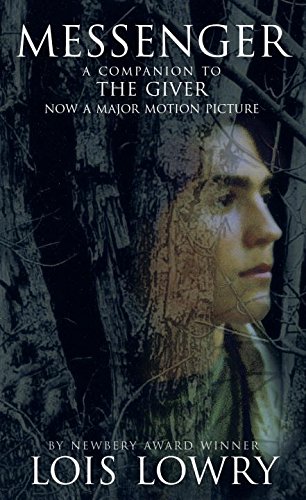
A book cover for Messenger; Lois Lowry; Children's Books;